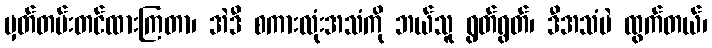
မှတ်တမ်းတင်ထားကြတာ၊ အဲဒီ စကားလုံးအသံကို ဘယ်သူ ရွတ်ရွတ်၊ ဒီအသံပဲ ထွက်တယ်၊